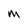
Character: M